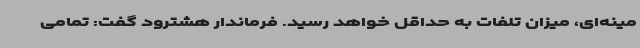
مینه‌ای، میزان تلفات به حداقل خواهد رسید. فرماندار هشترود گفت: تمامی